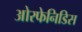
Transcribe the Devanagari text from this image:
ओरफेनिडिस